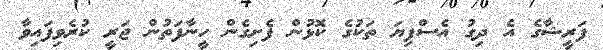
ފަރީޝާގެ އެ ދިގު އެސްފިޔަ ތަކުގެ ކޮޅުން ފެށިގެން ހީނާފަތުން ޖަރީ ކުރެވިފައިވާ